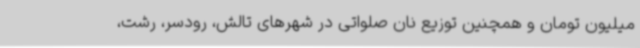
میلیون تومان و همچنین توزیع نان صلواتی در شهرهای تالش، رودسر، رشت،